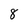
Character: 8